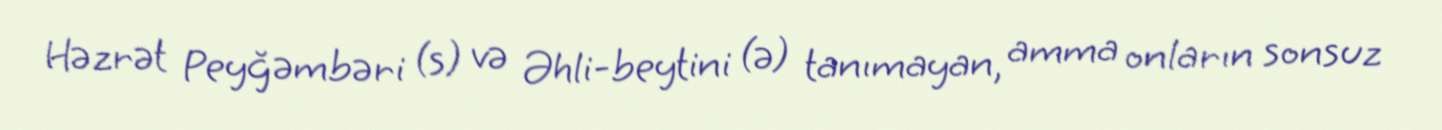
Həzrət Peyğəmbəri (s) və Əhli-beytini (ə) tanımayan, amma onların sonsuz